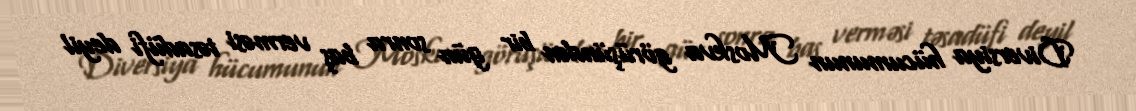
Diversiya hücumunun Moskva görüşündən bir gün sonra baş verməsi təsadüfi deyil